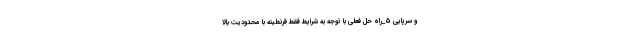
و سرپایی ۵_راه حل فعلی با توجه به شرایط فقط قرنطینه با محدودیت بالا